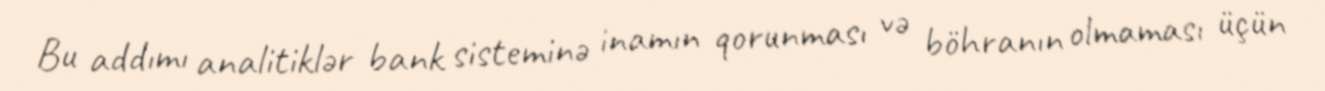
Bu addımı analitiklər bank sisteminə inamın qorunması və böhranın olmaması üçün